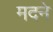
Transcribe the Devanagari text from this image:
मदने